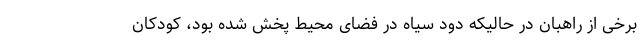
برخی از راهبان در حالیکه دود سیاه در فضای محیط پخش شده بود، کودکان